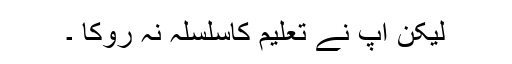
لیکن آپ نے تعلیم کاسلسلہ نہ روکا ۔